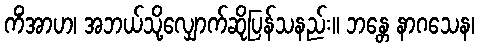
ကိံအာဟ၊ အဘယ်သို့လျှောက်ဆိုပြန်သနည်း။ ဘန္တေ နာဂသေန၊